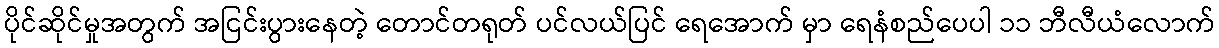
ပိုင်ဆိုင်မှုအတွက် အငြင်းပွားနေတဲ့ တောင်တရုတ် ပင်လယ်ပြင် ရေအောက် မှာ ရေနံစည်ပေပါ ၁၁ ဘီလီယံလောက်